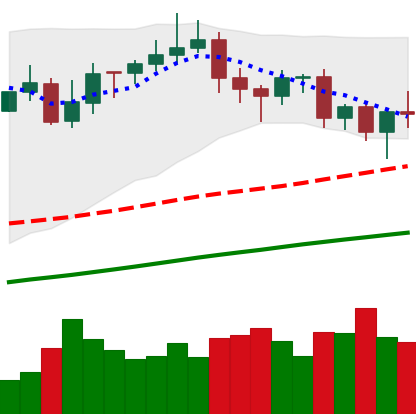
Ticker: XMR-USD
Chart end date: 2020-11-06
Forward return: -5.118%
Label: down_5_7